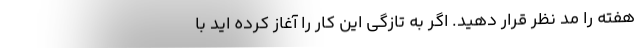
هفته را مد نظر قرار دهید. اگر به تازگی این کار را آغاز کرده اید با